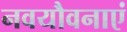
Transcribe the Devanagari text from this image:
नवयौवनाएं